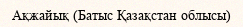
Ақжайық (Батыс Қазақстан облысы)